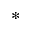
^ *